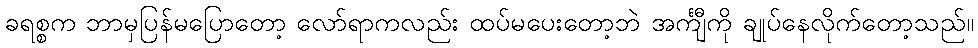
ခရစ္စက ဘာမှပြန်မပြောတော့ လော်ရာကလည်း ထပ်မပေးတော့ဘဲ အင်္ကျီကို ချုပ်နေလိုက်တော့သည်။